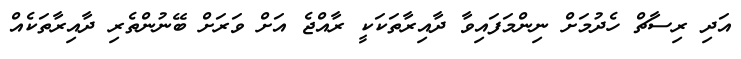
އަދި ރިސާޗް ހެދުމަށް ނިންމަފައިވާ ދާއިރާތަކަކީ ރާއްޖެ އަށް ވަރަށް ބޭނުންތެރި ދާއިރާތަކެއް